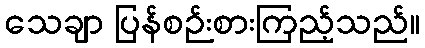
သေချာ ပြန်စဉ်းစားကြည့်သည်။